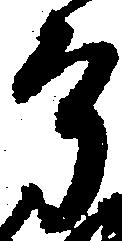
了